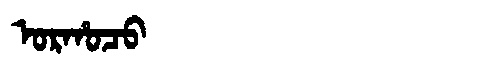
Manchu: ᠣᡵᡥᠣᠴᠣ
Romanization: ORHOCO